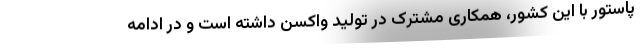
پاستور با این کشور، همکاری مشترک در تولید واکسن داشته است و در ادامه